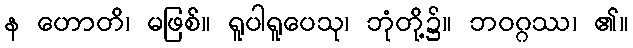
န ဟောတိ၊ မဖြစ်။ ရူပါရူပေသု၊ ဘုံတို့၌။ ဘဝဂ္ဂဿ၊ ၏။